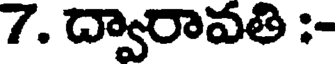
7. ద్వారావతి :-